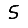
Digit: 5